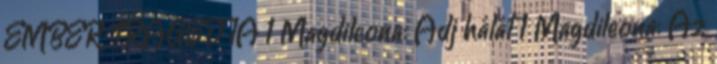
EMBER TRAGÉDIÁ 1 Magdileona: Adj hálát 1 Magdileona: Az